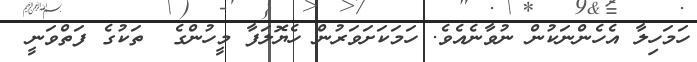
ހަމަހިލާ އެހެންނަކުން ނުވާނެއެވެ. ހަމަކަށަވަރުން ހެޔޮލަފާ މީހުންގެ  ތަކުގެ ފަތްވަނީ